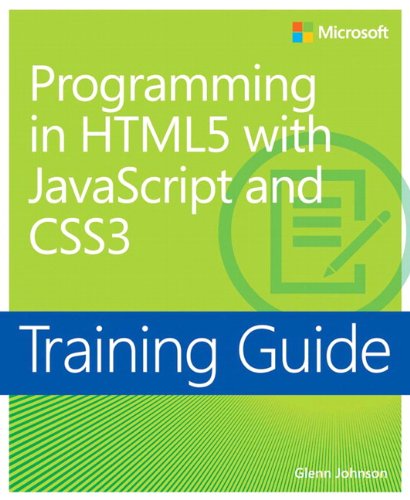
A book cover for Training Guide Programming in HTML5 with JavaScript and CSS3 (MCSD) (Microsoft Press Training Guide); Glenn Johnson; Computers & Technology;